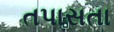
તપાસતા